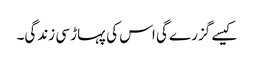
کیسے گزرے گی اس کی پہاڑ سی زندگی۔